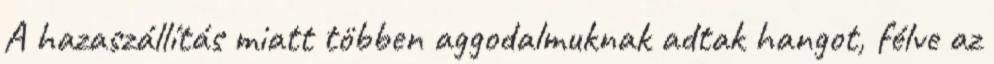
A hazaszállítás miatt többen aggodalmuknak adtak hangot, félve az